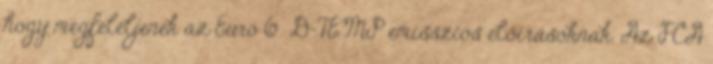
hogy megfeleljenek az Euro 6 D-TEMP emissziós előírásoknak. Az FCA